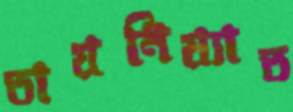
তায়নিয়্যাত